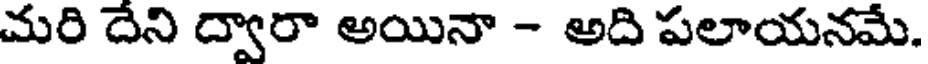
మరి దేని ద్వారా అయినా - అది పలాయనమే.